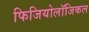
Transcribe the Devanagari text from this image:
फिजियोलॉजिकल